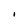
Character: I